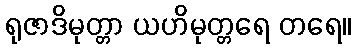
ရုဇာဒိမုတ္တာ ယဟိမုတ္တရေ တရေ။